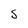
Character: 5